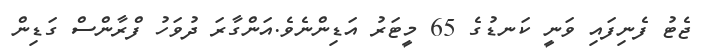
ޖެޓު ފެނިފައި ވަނީ ކަނޑުގެ 65 މީޓަރު އަޑިންނެވެ.އަންގާރަ ދުވަހު ފްރާންސް ގަޑިން